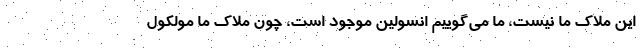
این ملاک ما نیست، ما می‌گوییم انسولین موجود است، چون ملاک ما مولکول